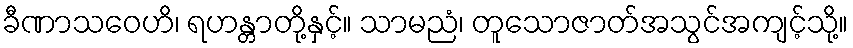
ခီဏာသဝေဟိ၊ ရဟန္တာတို့နှင့်။ သာမညံ၊ တူသောဇာတ်အသွင်အကျင့်သို့။